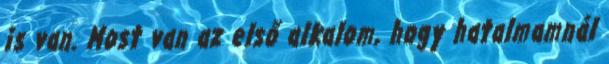
is van. Most van az első alkalom, hogy hatalmamnál